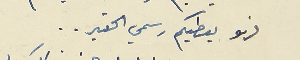
فهو يعطيكم رسمي الحقير..